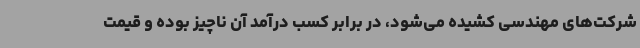
شرکت‌های مهندسی کشیده می‌شود، در برابر کسب درآمد آن ناچیز بوده و قیمت